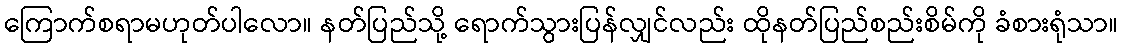
ကြောက်စရာမဟုတ်ပါလော။ နတ်ပြည်သို့ ရောက်သွားပြန်လျှင်လည်း ထိုနတ်ပြည်စည်းစိမ်ကို ခံစားရုံသာ။